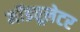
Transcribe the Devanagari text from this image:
मॉड्यूलेटर